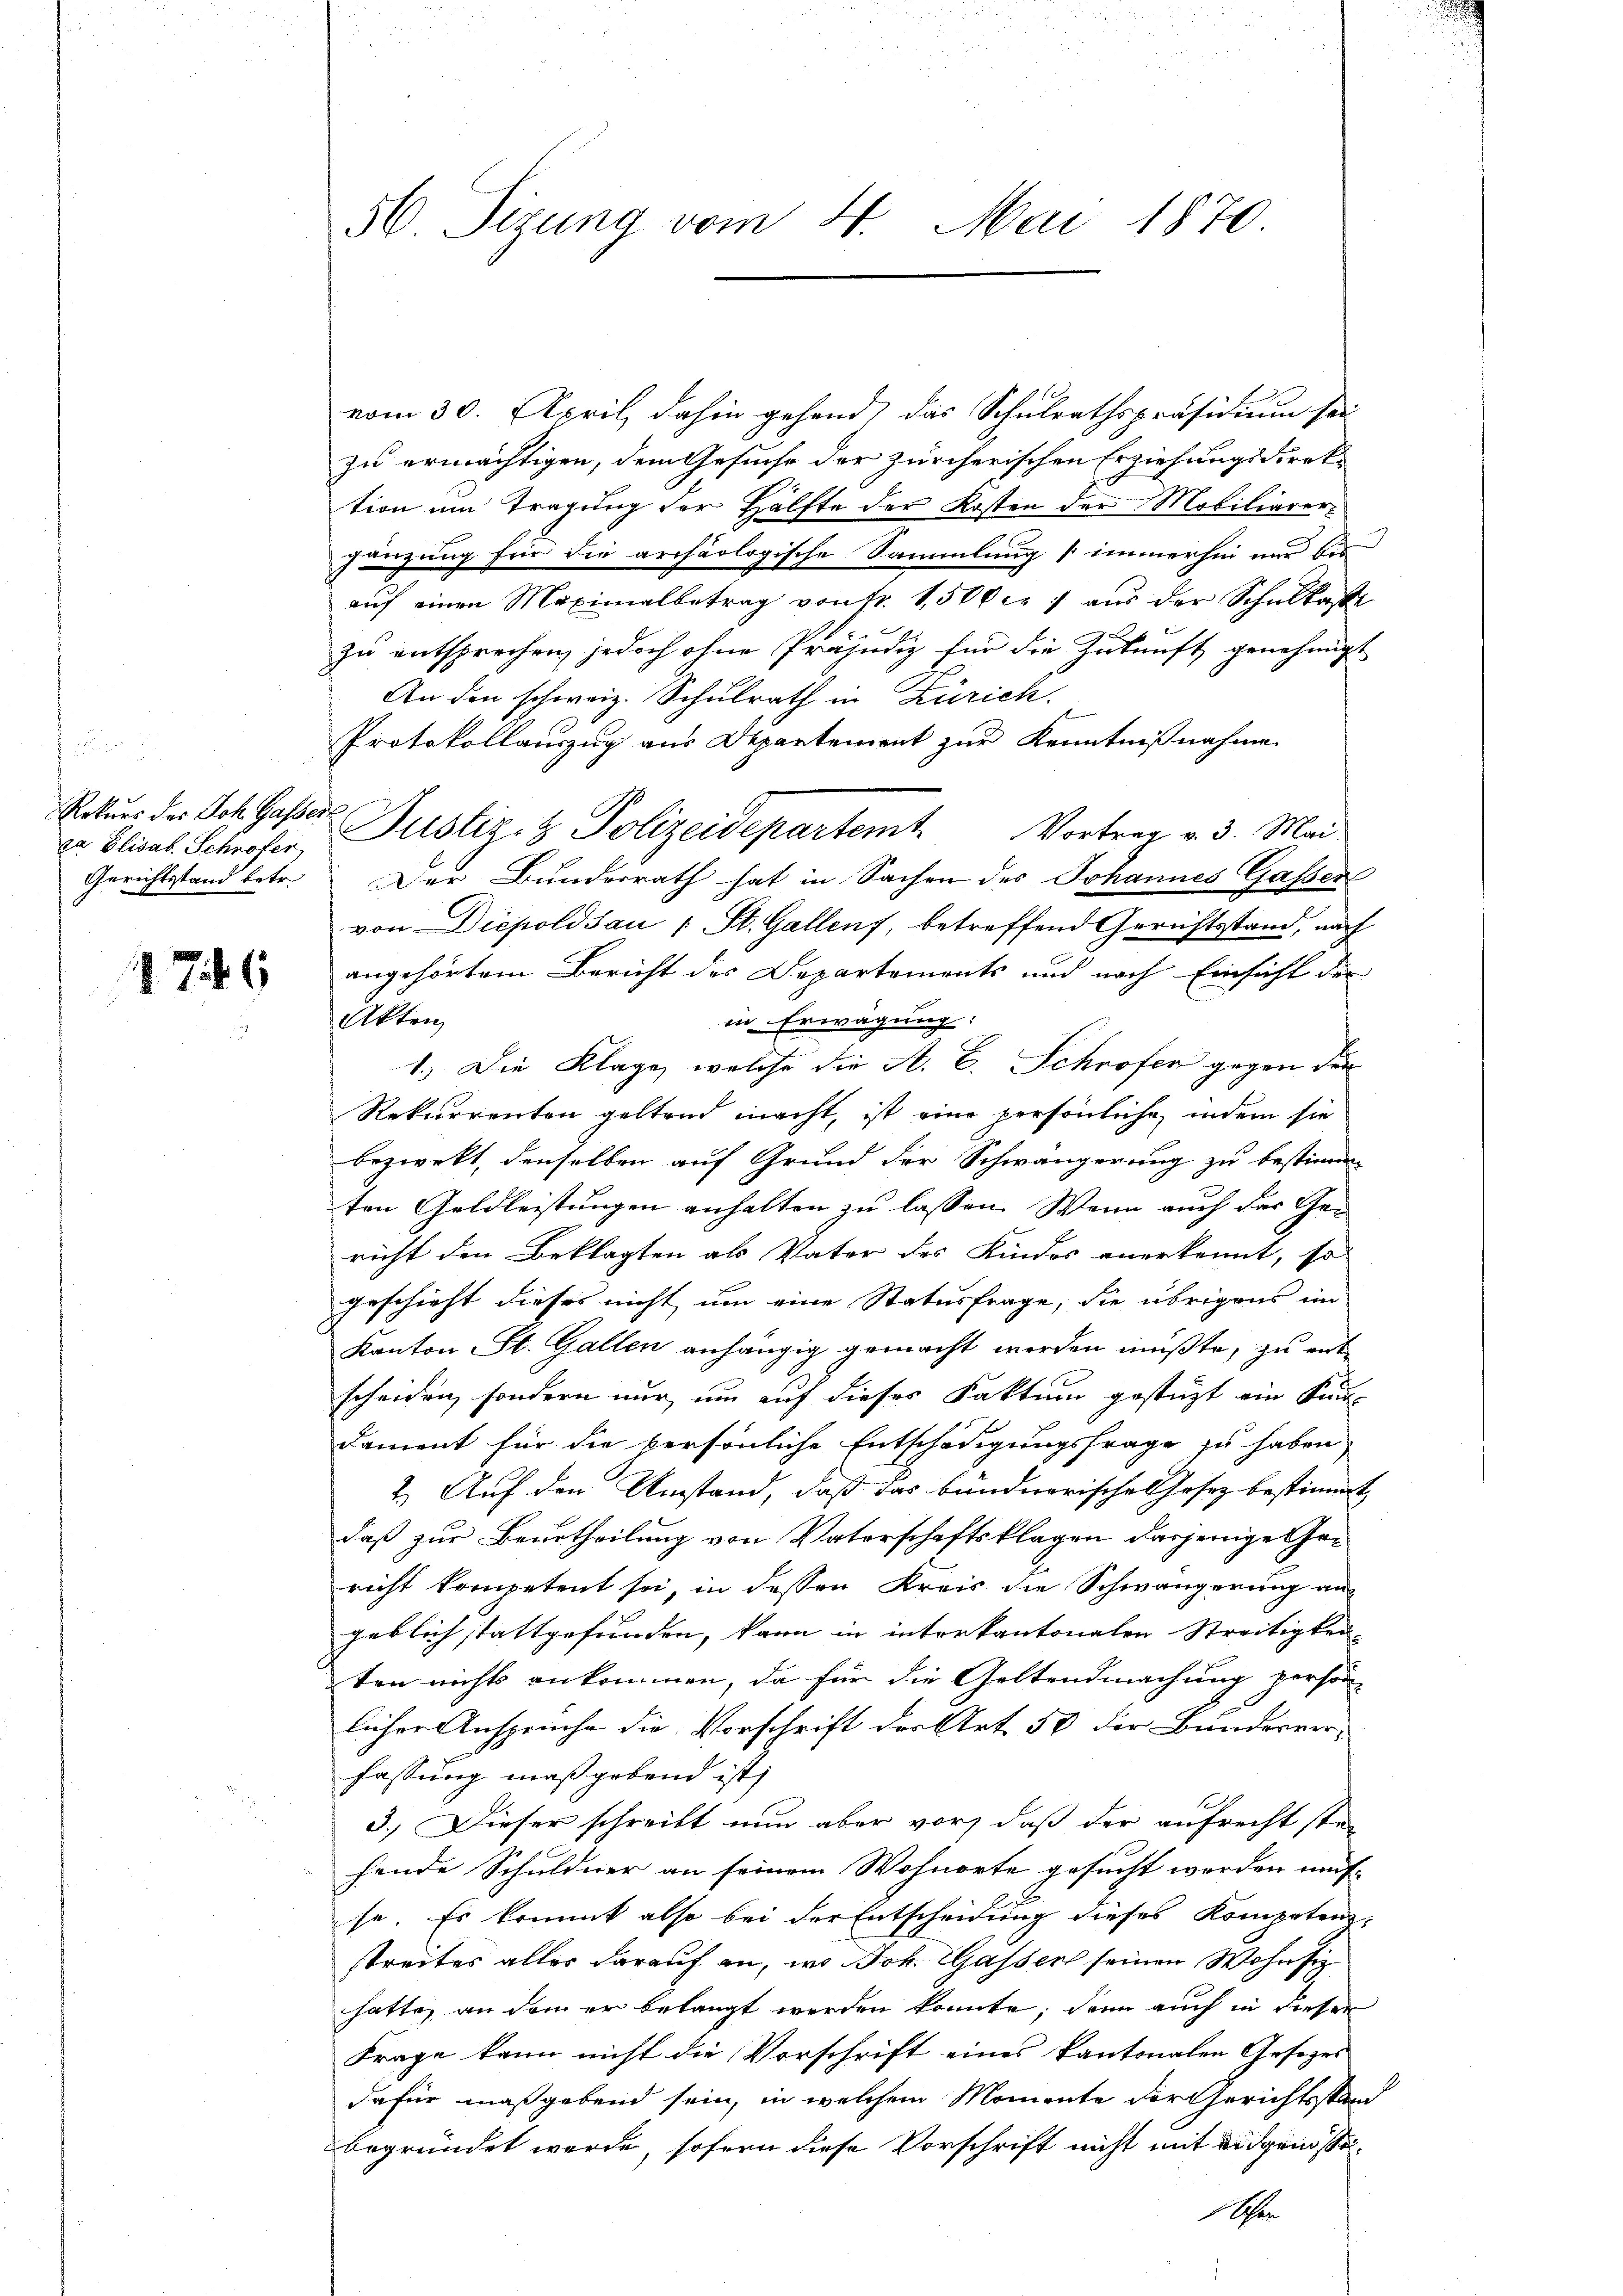
Rekurs des Joh. Gassert
za Elisab. Schröfer

1746

vom 30. April, dahin gehend, das Schulrathspräsidium sei
zu ermächtigen, dem Gesuche der zürcherischen Erziehungsdirektion um Tragung der Hälfte der Kosten der Mobiliarergänzung für die archäologische Sammlung immerhin nur bis
aŭf einen Maximalbetrag von fr. 1,500 c. 7 aŭs der Schŭlkasse
zu entsprechen, jedoch ohne Präjudiz für die Zukunft genehmigt
An den schweiz. Schulrath in Zürich.
Protokollauszug aus Departement zur Kenntnißnahme
Justiz- & Polizeidepartemt
Vortrag v. 3. Mai.
Gerichtsstand betr. Der Bunderrath hat in Sachen des Johannes Gasser
von Diepoldsau (St. Gallenf, betreffend Gerichtsstand, nach
angehörtem Bericht des Departements und nach Einsicht der
in Erwägung:
Akten,
1.) Die Klage, welche die A. E. Schröfer gegen der
Rekurrenten geltend macht, ist eine persönliche, indem sie
bezweckt, denselben auf Grund der Schwängerung zu bestimm
ten Geldleistungen anhalten zu lassen. Wenn auch der Gericht den Beklagten als Vater des Kindes anerkennt, so
geschieht dieses nicht um eine Statusfrage, die übrigens im
Kanton St. Gallen anhängig gemacht werden müßte, zu ent
scheiden, sondern nur, um auf dieses Faktum gestüzt ein Kin-
Dament für die persönliche Entschädigungsfrage zu haben,
2. Auf den Umstand, daß das bündnerische Gesez bestimmt,
daß zur Beurtheilung von Vaterschaftsklagen dasjenige Gericht kompetent sei, in dessen Kreis die Schwängerung an
geblich stattgefunden, kann in interkantonalen Streitigkei
ten nichts ankommen, da für die Geltendmachung person
licher Anspruche die Vorschrift der Art. 50 der Bundesver-
fassung maßgebend ist;
3.) Dieser schreibt nun aber vor, daß der aufrecht ste-
hende Schuldner an seinem Wohnorte gesucht werden mut-
se. Es kommt also bei der Entscheidung dieses Kompetenz-
streites alles darauf an, wo Joh. Gassert seinen Wohnsi
hatte, an dem er belangt werden konnte; dann auch in dieser
Frage kann nicht die Vorschrift eines kantonalen Gesezes
dafür maßgebend sein, in welchem Momente der Gerichtsstand
begründet werde, sofern diese Vorschrift nicht mit eidgenosse¬
Schen

56 Sizung vom 4. Mai 1870